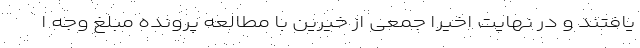
یافتند و در نهایت اخیرا جمعی از خیرین با مطالعه پرونده مبلغ وجه ا